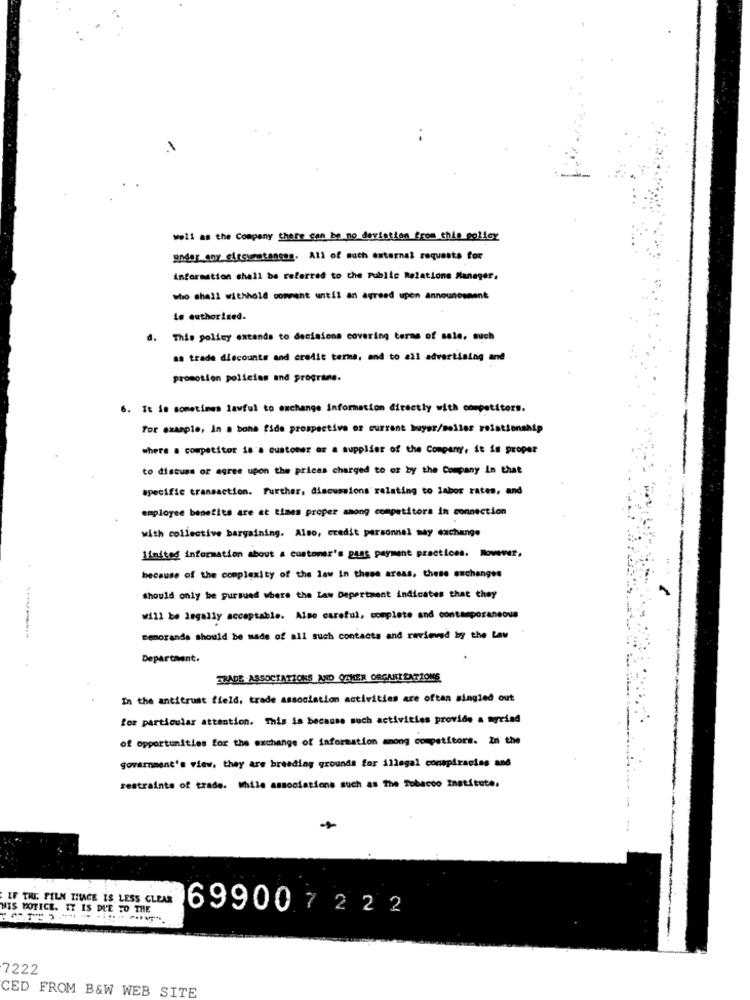
well as the Company there can be no deviation from this policy
andar any circumstances. All of much external requests for
information shall be referred to the Public Relations Manager.
who shall withhold comment until an agreed upon announcement
le authorised.
d. This policy extends to decisions covering terms of sale, auch
aa trade discounts and credit terms, and to all advertising and
promotion policies and progrine.
6. It Se sometimes lawful to exchange information directly with competitors.
For example, In a bona fide prospective or current buyer/molles relationship
where a competitor is'a customer or a supplier of the Company, it in proper
to discuss or agree upon the prices charged to of by the Company In that
specific transaction. Further. discussions relating to labor rates, and
employee benefits are at times proper among competitors in connection
with collective bargaining. Also, credit personnel may exchange
limited information about a customer's gang payment practices. however,
because of the complexity of the law in these areas, these exchanges
should only be pursued where the Law Depertment indicates that they
will be legally acceptable. Also careful, complete and contemporaneous
memoranda should be made of all such contacts and reviewed by the Law
Department.
TRADE ASSOCIATIONS AND OTHER ORGANIZATIONS
In the antitrust field, trade association activities are often singled out
for particular attention. This is because such activities provide a myeind
of opportunities for the exchange of information among competitors. in the
government's view, they are breeding grounda for illegal conspiracies and
restraints of trade. While associations such as the Tobacco Institute.
IF THE FILM MIAGE IS LESS CLEAR
HIS NOTICE. IT IS DUE TO THE
69900 7222
7222
CED FROM B&W WEB SITE